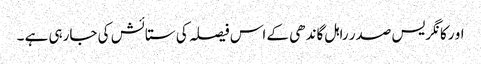
او رکانگریس صدر راہل گاندھی کے اس فیصلہ کی ستائش کی جارہی ہے ۔